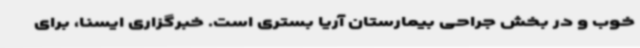
خوب و در بخش جراحی بیمارستان آریا بستری است. خبرگزاری ایسنا، برای